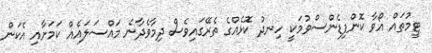
ޓީމުތައް އޯވާ ކޮންފިޑެންސްވުމަކީ ހިނދު ކޮޅެއްގެ ތެރޭގައިވެސް ދިމާވެދާނެ މައްސަލައެއް ކަމަށާއި އެކަން